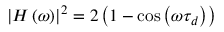
\left| H \left( \omega \right) \right| ^ { 2 } = 2 \left( 1 - \cos { \left( \omega \tau _ { d } \right) } \right)